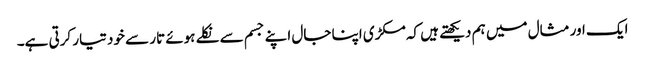
ایک اور مثال میں ہم دیکھتے ہیں کہ مکڑی اپنا جال اپنے جسم سے نکلے ہوئے تار سے خود تیار کرتی ہے۔